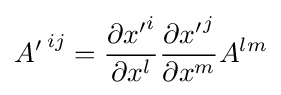
{A'\,}^{ij}={\frac {\partial {x'}^{i}}{\partial x^{l}}}{\frac {\partial {x'}^{j}}{\partial x^{m}}}A^{lm}